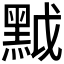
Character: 𪐶